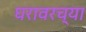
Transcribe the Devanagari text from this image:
घरावरच्या